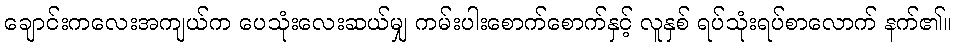
ချောင်းကလေးအကျယ်က ပေသုံးလေးဆယ်မျှ ကမ်းပါးစောက်စောက်နှင့် လူနှစ် ရပ်သုံးရပ်စာလောက် နက်၏။